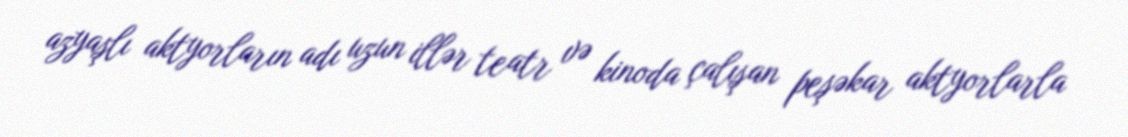
azyaşlı aktyorların adı uzun illər teatr və kinoda çalışan peşəkar aktyorlarla